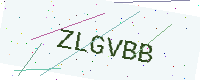
Text: ZLGVBB